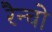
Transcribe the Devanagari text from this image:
रैन्चो